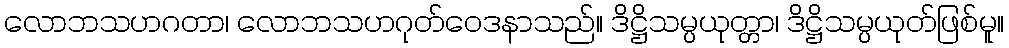
လောဘသဟဂတာ၊ လောဘသဟဂုတ်ဝေဒနာသည်။ ဒိဋ္ဌိသမ္ပယုတ္တာ၊ ဒိဋ္ဌိသမ္ပယုတ်ဖြစ်မူ။